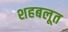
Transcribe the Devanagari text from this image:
शहबलूत